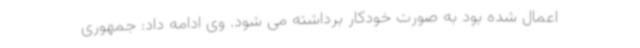
اعمال شده بود به صورت خودکار برداشته می شود. وی ادامه داد: جمهوری